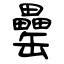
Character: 罍